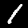
Label: 1